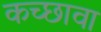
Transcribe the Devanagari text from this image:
कच्छावा